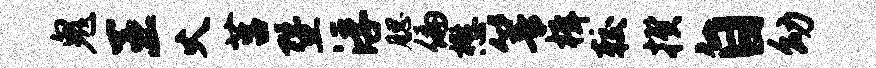
鬼王火莒暨浮腮偏懋箐楫较揆自幼